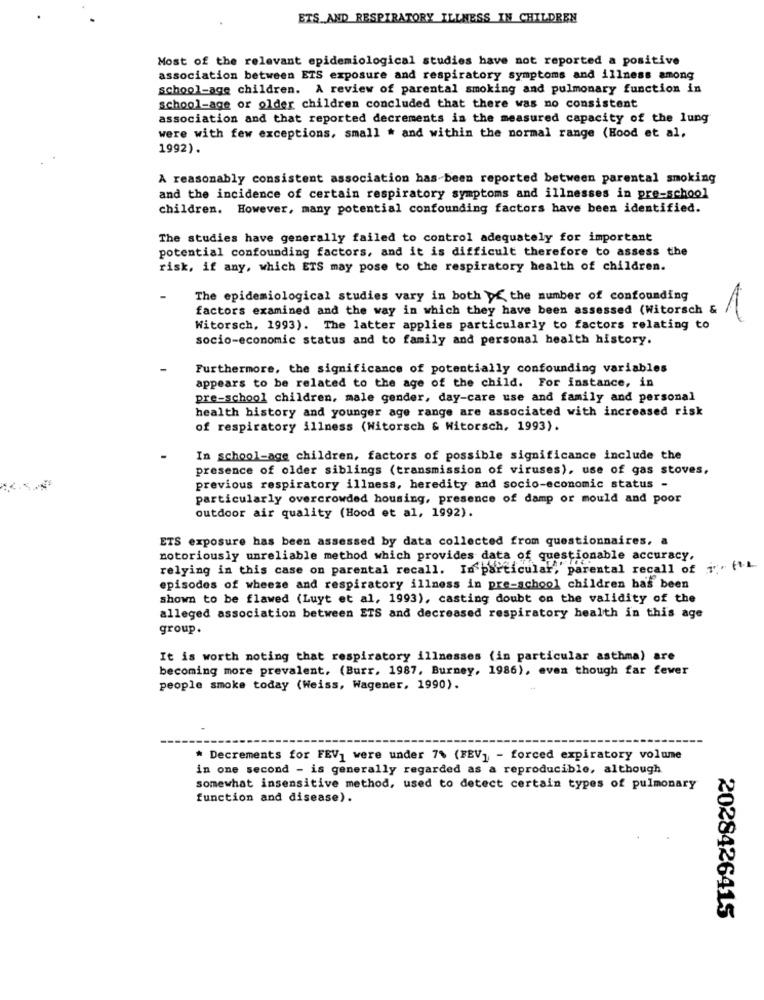
ETS_AND RESPIRATORY ILLNESS IN CHILDREN
Most of the relevant epidemiological studies have not reported a positive
association between ETS exposure and respiratory symptoms and illness among
school-age children. A review of parental smoking and pulmonary function in
school-age or older children concluded that there was no consistent
association and that reported decrements in the measured capacity of the lung
were with few exceptions, small # and within the normal range (Hood et al.
1992).
A reasonably consistent association has-been reported between parental smoking
and the incidence of certain respiratory symptoms and illnesses in pre-school
children. However, many potential confounding factors have been identified.
The studies have generally failed to control adequately for important
potential confounding factors, and it is difficult therefore to assess the
risk, if any, which ETS may pose to the respiratory health of children.
The epidemiological studies vary in both of the number of confounding
factors examined and the way in which they have been assessed (Witorsch &
1
Witorsch, 1993). The latter applies particularly to factors relating to
socio-economic status and to family and personal health history.
Furthermore, the significance of potentially confounding variables
appears to be related to the age of the child. For instance, in
pre-school children, male gender, day-care use and family and personal
health history and younger age range are associated with increased risk
of respiratory illness (Witorsch & Witorsch, 1993).
In school-age children, factors of possible significance include the
presence of older siblings (transmission of viruses), use of gas stoves.
previous respiratory illness, heredity and socio-economic status -
particularly overcrowded housing, presence of damp or mould and poor
outdoor air quality (Hood et al, 1992).
ETS exposure has been assessed by data collected from questionnaires, a
notoriously unreliable method which provides data of questionable accuracy,
relying in this case on parental recall. In particular, parental recall of i. (1L
episodes of wheeze and respiratory illness in pre-school children has been
shown to be flawed (Luyt et al, 1993), casting doubt on the validity of the
alleged association between ETS and decreased respiratory health in this age
group.
It is worth noting that respiratory illnesses (in particular asthma) are
becoming more prevalent. (Burr, 1987, Burney, 1986), even though far fewer
people smoke today (Weiss, Wagener, 1990).
* Decrements for FEV1 were under 7% (FEV] - forced expiratory volume
in one second - is generally regarded as a reproducible, although
somewhat insensitive method, used to detect certain types of pulmonary
function and disease).
2028426415